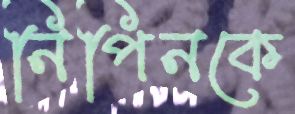
নিপিনকে